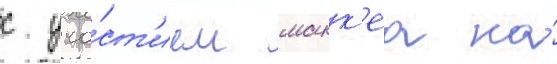
с уча́ст'ием макк'еа на́